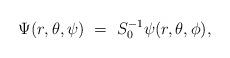
LaTeX: \begin{align*}\Psi (r,\theta ,\psi)~=~S^{-1}_0 \psi (r,\theta,\phi),\end{align*}